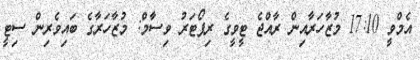
އެމްވީ 17:10 މުޒާހަރާއިން ރާއްޖެ ޓީވީގެ ރިޕޯޓަރު ވިސާމް: މުޒާހަރާގެ ބައިވެރިން ސިޓީ